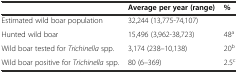
<table><thead><tr><td></td><td><b>Average per year (range)</b></td><td><b>%</b></td></tr></thead><tbody><tr><td>Estimated wild boar population</td><td>32,244 (13,775-74,107)</td><td></td></tr><tr><td>Hunted wild boar</td><td>15,496 (3,962-38,723)</td><td>48<sup>a</sup></td></tr><tr><td>Wild boar tested for <i>Trichinella</i> spp.</td><td>3,174 (238–10,138)</td><td>20<sup>b</sup></td></tr><tr><td>Wild boar positive for <i>Trichinella</i> spp.</td><td>80 (6–369)</td><td>2.5<sup>c</sup></td></tr></tbody></table>